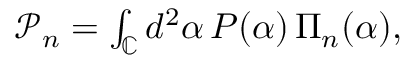
\begin{array} { r } { \mathcal { P } _ { n } = \int _ { \mathbb { C } } d ^ { 2 } \alpha \, P ( \alpha ) \, \Pi _ { n } ( \alpha ) , } \end{array}